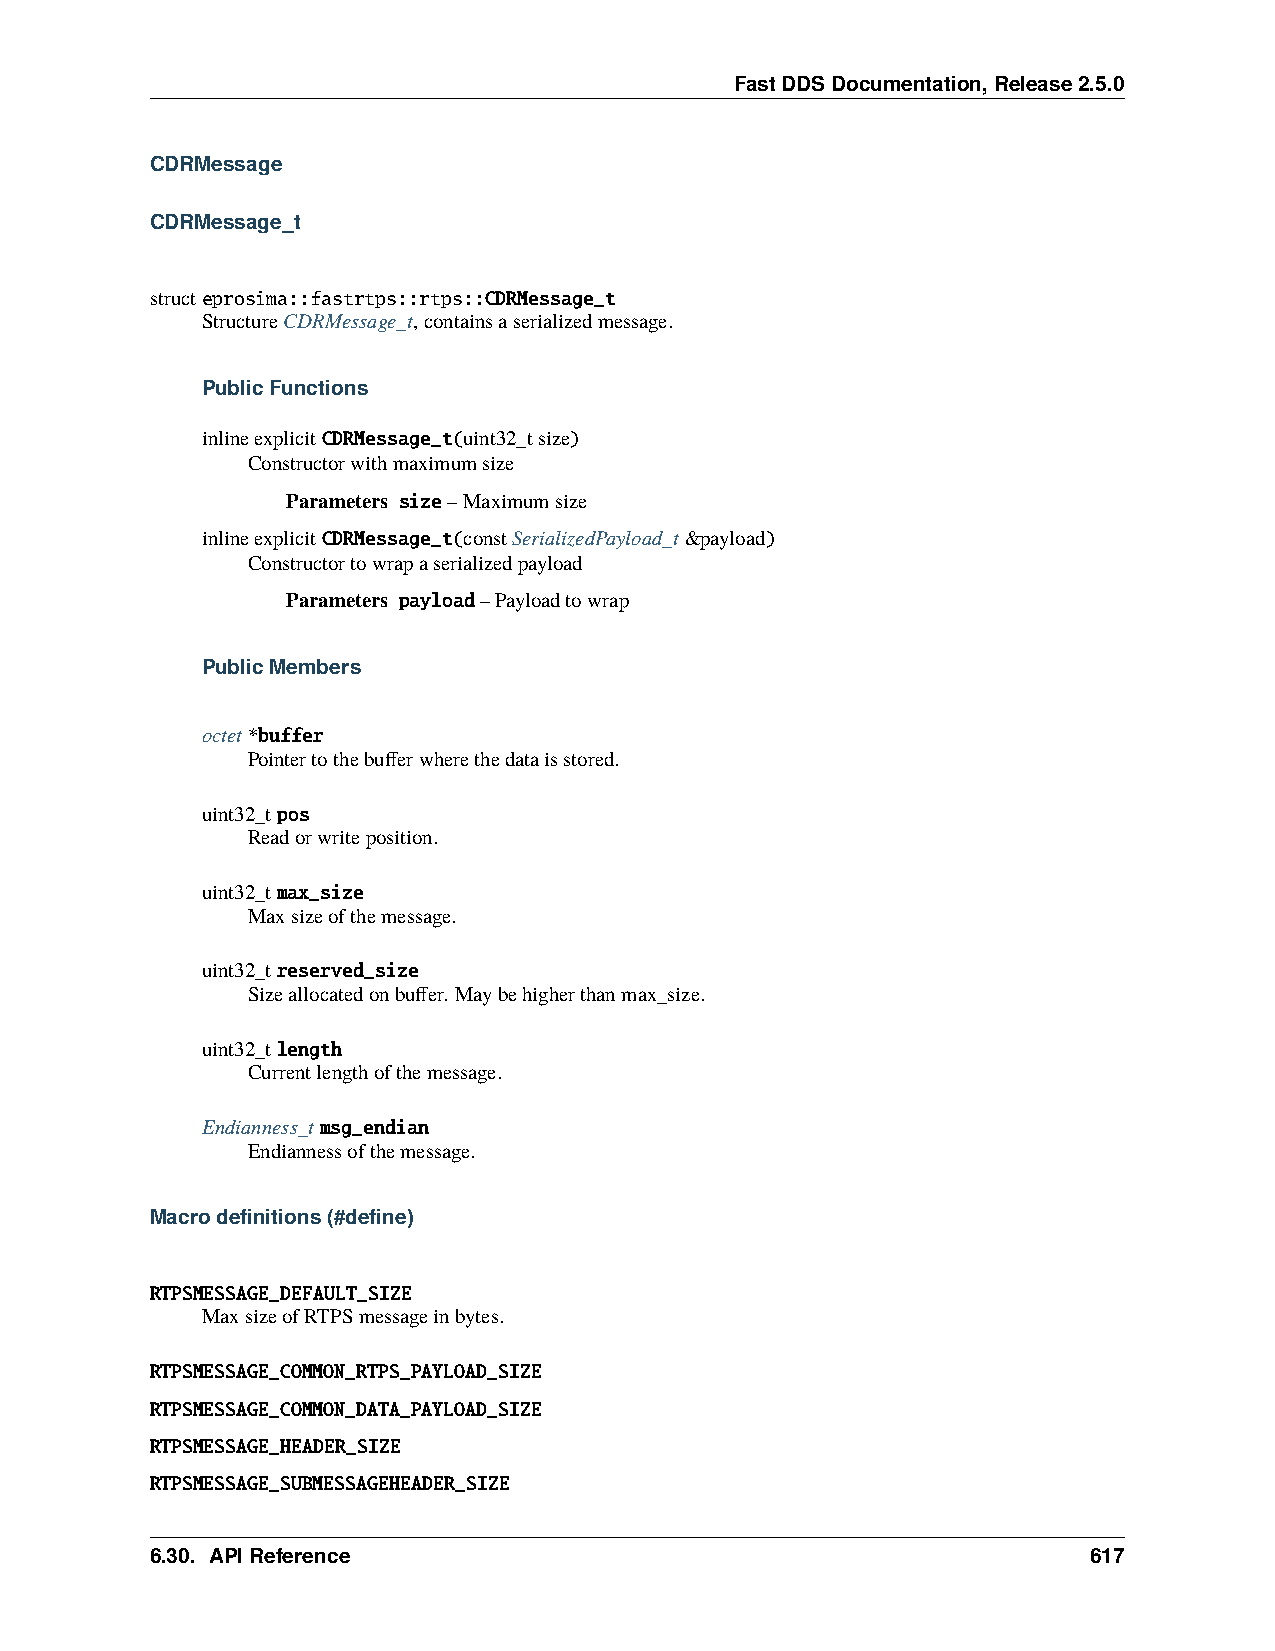
FastDDSDocumentation,Release2.5.0
 CDRMessage
 CDRMessage_t
 structeprosima::fastrtps::rtps::CDRMessage_t
 StructureCDRMessage_t,containsaserializedmessage.
 PublicFunctions
 inlineexplicitCDRMessage_t(uint32_tsize)
 Constructorwithmaximumsize
 Parameters size–Maximumsize
 inlineexplicitCDRMessage_t(constSerializedPayload_t&payload)
 Constructortowrapaserializedpayload
 Parameters payload–Payloadtowrap
 PublicMembers
 octet*buffer
 Pointertothebufferwherethedataisstored.
 uint32_tpos
 Readorwriteposition.
 uint32_tmax_size
 Maxsizeofthemessage.
 uint32_treserved_size
 Sizeallocatedonbuffer. Maybehigherthanmax_size.
 uint32_tlength
 Currentlengthofthemessage.
 Endianness_tmsg_endian
 Endiannessofthemessage.
 Macrodefinitions(#define)
 RTPSMESSAGE_DEFAULT_SIZE
 MaxsizeofRTPSmessageinbytes.
 RTPSMESSAGE_COMMON_RTPS_PAYLOAD_SIZE
 RTPSMESSAGE_COMMON_DATA_PAYLOAD_SIZE
 RTPSMESSAGE_HEADER_SIZE
 RTPSMESSAGE_SUBMESSAGEHEADER_SIZE
 6.30. APIReference                                            617